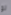
لو